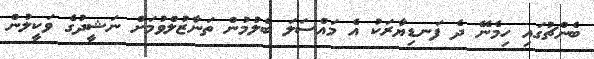
ބެންޗުގައި ހިމެނޭ ދެ ފަނޑިޔާރަކު އެ މައްސަލަ ބެލުމުން ތަނާޒުލްވުމަށް ނަޝީދުގެ ވަކީލުން